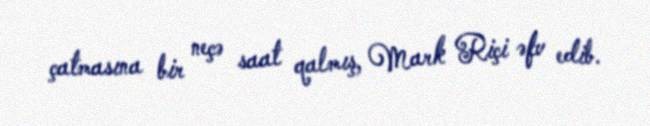
çatmasına bir neçə saat qalmış, Mark Riçi əfv edib.